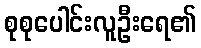
စုစုပေါင်းလူဦးရေ၏